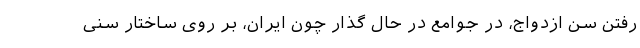
رفتن سن ازدواج، در جوامع در حال گذار چون ایران، بر روی ساختار سنی